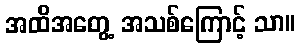
အထိအတွေ့ အသစ်ကြောင့် သာ။